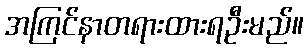
အကြင်နာတရားထားရဦးမည်။